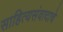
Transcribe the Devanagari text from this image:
साहित्यसंवादाचे